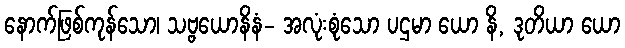
နောက်ဖြစ်ကုန်သော၊ သဗ္ဗယောနိနံ- အလုံးစုံသော ပဌမာ ယော နိ, ဒုတိယာ ယော